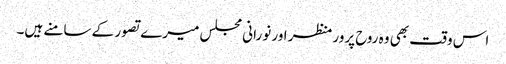
اس وقت بھی وہ روح پرور منظر اور نورانی مجلس میرے تصور کے سامنے ہیں۔